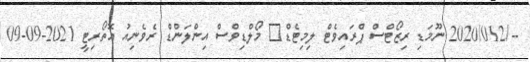
--/2020/012 ނޫމަޑި ރިޒޯޓްސް ޕްރައިވެޓް ލިމިޓެޑް	 މޯލްޑިވްސް އިންލަންޑް ރެވެނިއު އޮތޯރިޓީ 2021-09-09